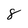
Character: 8